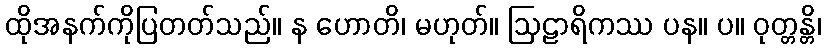
ထိုအနက်ကိုပြတတ်သည်။ န ဟောတိ၊ မဟုတ်။ ဩဠာရိကဿ ပန။ ပ။ ဝုတ္တန္တိ၊